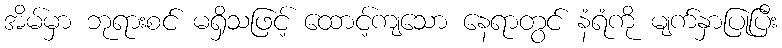
အိမ်မှာ ဘုရားစင် မရှိသဖြင့် ထောင့်ကျသော နေရာတွင် နံရံကို မျက်နှာပြုပြီး